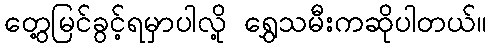
တွေ့မြင်ခွင့်ရမှာပါလို့ ရွှေသမီးကဆိုပါတယ်။